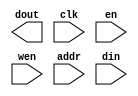
module memory_sp(/*AUTOARG*/
   // Outputs
   dout,
   // Inputs
   clk, en, wen, addr, din
   );

   parameter AW      = 14;   
   parameter DW      = 32;
   parameter WED     = DW/8; //one write enable per byte  
   parameter MD      = 1<<AW;//memory depth

   //write-port
   input               clk; //clock
   input               en;  //memory access   
   input [WED-1:0]     wen; //write enable vector
   input [AW-1:0]      addr;//address
   input [DW-1:0]      din; //data input
   output [DW-1:0]     dout;//data output
      
`ifdef TARGET_CLEAN     

   reg [DW-1:0]        ram    [MD-1:0];  
   reg [DW-1:0]        rd_data;
   reg [DW-1:0]        dout;
   
   //read port
   always @ (posedge clk)
     if(en)       
       dout[DW-1:0] <= ram[addr[AW-1:0]];

   //write port
   generate
      genvar 	     i;
      for (i = 0; i < WED; i = i+1) begin: gen_ram
	 always @(posedge clk)
           begin  
              if (wen[i] & en) 
                ram[addr[AW-1:0]][(i+1)*8-1:i*8] <= din[(i+1)*8-1:i*8];
           end
      end
   endgenerate
`elsif TARGET_XILINX
   //instantiate XILINX BRAM (based on parameter size)
      
`elsif TARGET_ALTERA
   //instantiate ALTERA BRAM (based on paremeter size)
`endif
   
endmodule